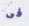
فى